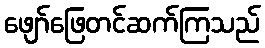
ဖျော်ဖြေတင်ဆက်ကြသည်